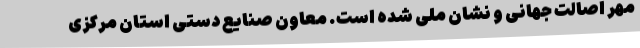
مهر اصالت جهانی و نشان ملی شده‌ است. معاون صنایع دستی استان مرکزی